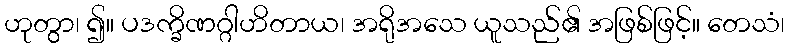
ဟုတွာ၊ ၍။ ပဒက္ခိဏဂ္ဂါဟိတာယ၊ အရိုအသေ ယူသည်၏ အဖြစ်ဖြင့်။ တေသံ၊